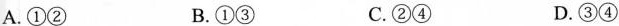
A.①② B.①③ C.②④ D.③④